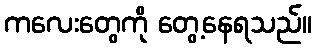
ကလေးတွေကို တွေ့နေရသည်။